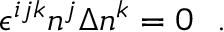
\epsilon ^ { i j k } n ^ { j } \Delta n ^ { k } = 0 \ \ .